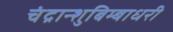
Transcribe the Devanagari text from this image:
चंद्रान्शुबिम्बाधरी